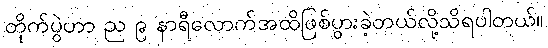
တိုက်ပွဲဟာ ည ၉ နာရီလောက်အထိဖြစ်ပွားခဲ့တယ်လို့သိရပါတယ်။